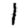
Digit: 1